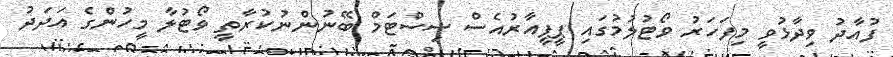
ފުއާދު ވިދާޅުވީ މިފަހަރު ވޯޓުލުމުގައި ޕީޕީއާރުއެސް ސިސްޓަމް ބޭނުންނުކުރާތީ ވޯޓުލާ މީހުންގެ އަދަދު